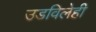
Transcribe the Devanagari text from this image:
उडविलेही